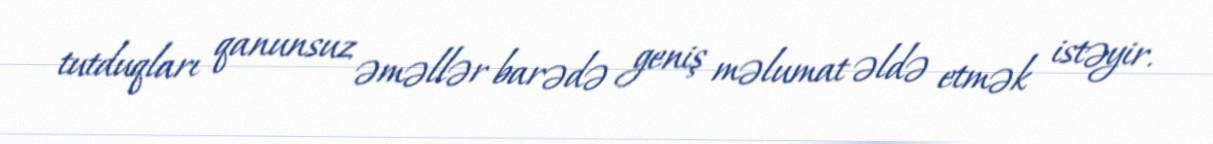
tutduqları qanunsuz əməllər barədə geniş məlumat əldə etmək istəyir.